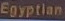
Egyptian